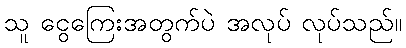
သူ ငွေကြေးအတွက်ပဲ အလုပ် လုပ်သည်။